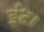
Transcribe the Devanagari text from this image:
ईंट।